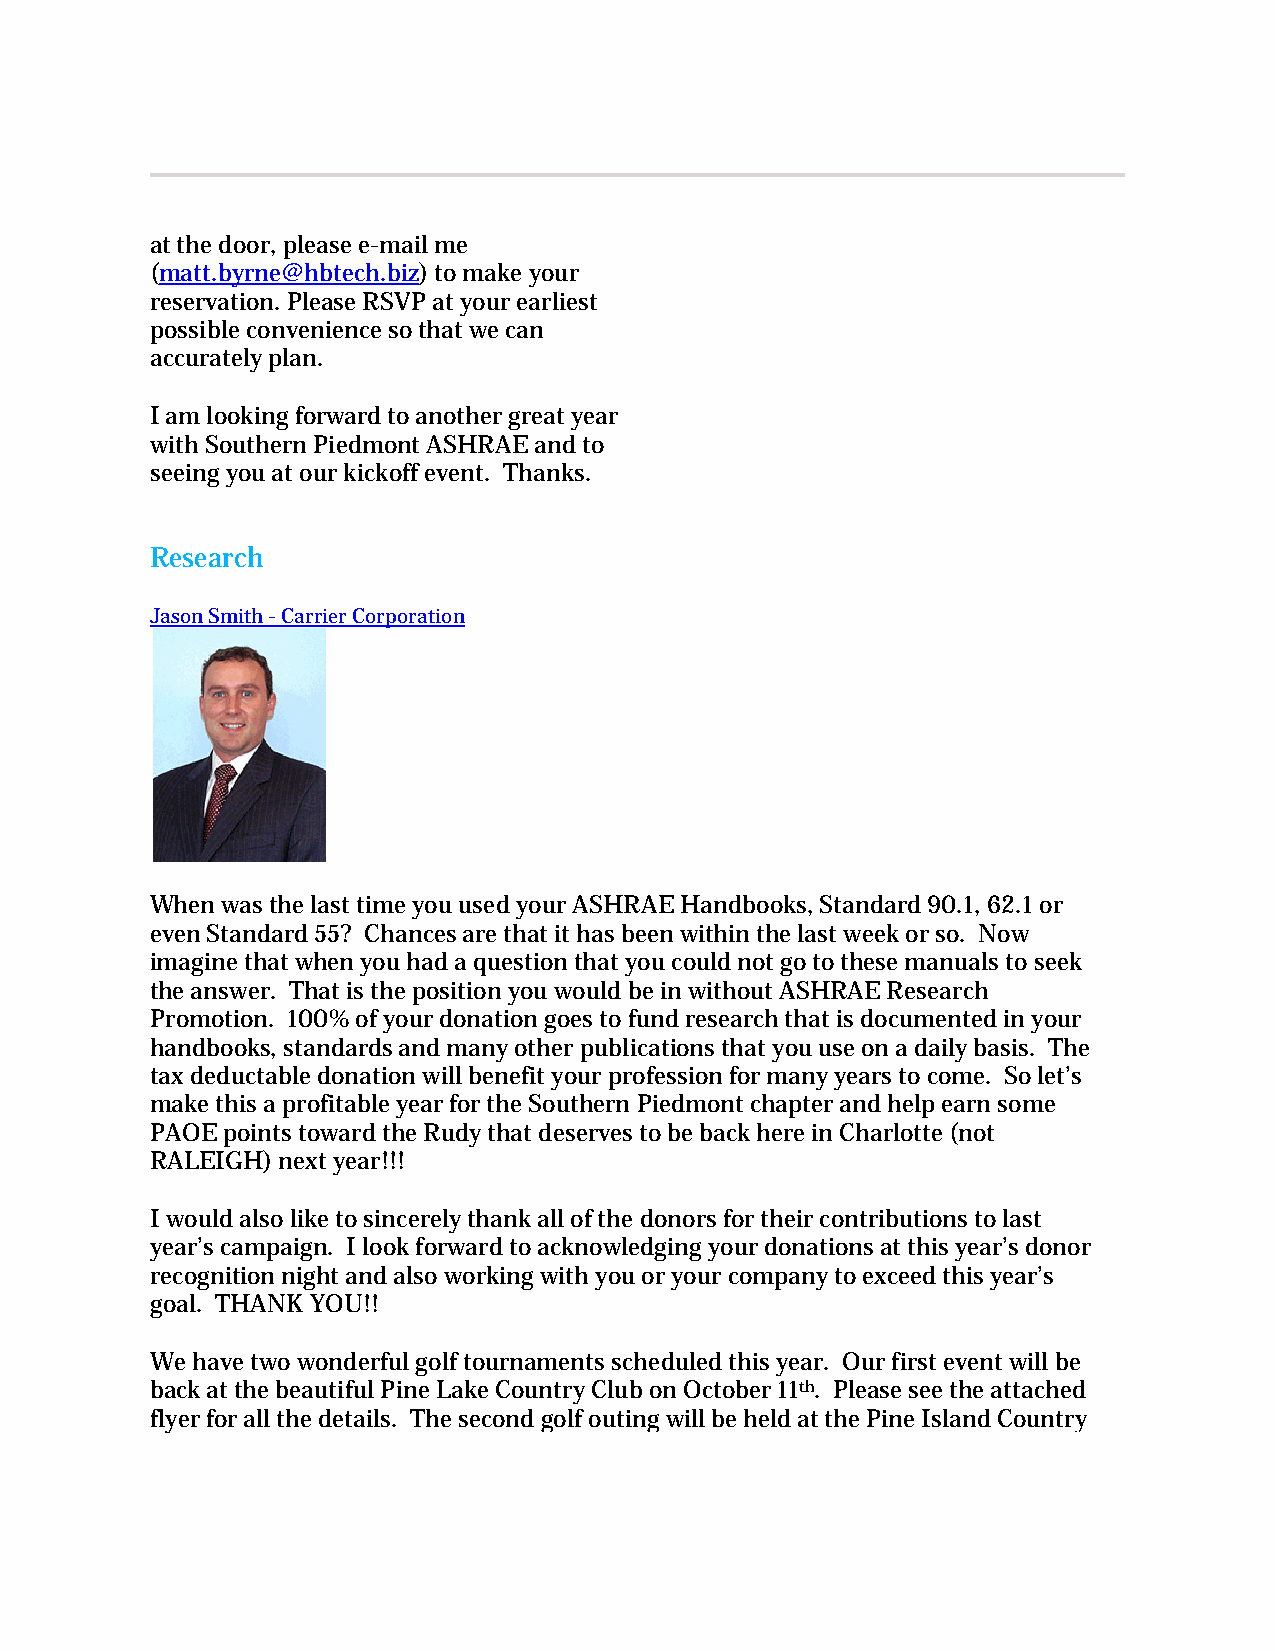
at the door, please e-mail me
 (matt.byrne@hbtech.biz) to make your
 reservation. Please RSVP at your earliest
 possible convenience so that we can
 accurately plan.
 I am looking forward to another great year
 with Southern Piedmont ASHRAE and to
 seeing you at our kickoff event. Thanks.
 Research
 Jason Smith - Carrier Corporation
 When was the last time you used your ASHRAE Handbooks, Standard 90.1, 62.1 or
 even Standard 55? Chances are that it has been within the last week or so. Now
 imagine that when you had a question that you could not go to these manuals to seek
 the answer. That is the position you would be in without ASHRAE Research
 Promotion. 100% of your donation goes to fund research that is documented in your
 handbooks, standards and many other publications that you use on a daily basis. The
 tax deductable donation will benefit your profession for many years to come. So let’s
 make this a profitable year for the Southern Piedmont chapter and help earn some
 PAOE points toward the Rudy that deserves to be back here in Charlotte (not
 RALEIGH) next year!!!
 I would also like to sincerely thank all of the donors for their contributions to last
 year’s campaign. I look forward to acknowledging your donations at this year’s donor
 recognition night and also working with you or your company to exceed this year’s
 goal. THANK YOU!!
 We have two wonderful golf tournaments scheduled this year. Our first event will be
 back at the beautiful Pine Lake Country Club on October 11th. Please see the attached
 flyer for all the details. The second golf outing will be held at the Pine Island Country